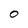
Character: 0